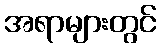
အရာများတွင်